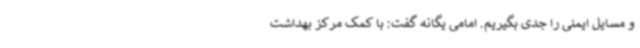
و مسایل ایمنی را جدی بگیریم. امامی یگانه گفت: با کمک مرکز بهداشت